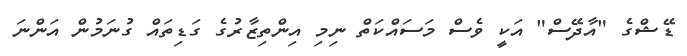
ޑޭޝްގެ "އާދޭސް" އަކީ ވެސް މަސައްކަތް ނިމި އިންތިޒާރުގެ ގަޑިތައް ގުނަމުން އަންނަ